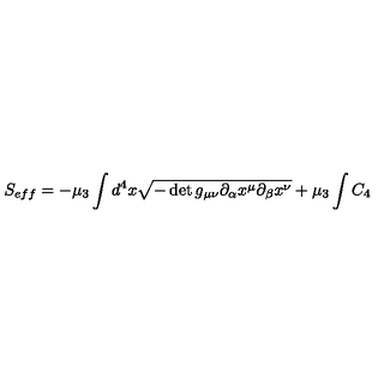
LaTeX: S _ { e f f } = - \mu _ { 3 } \int d ^ { 4 } x \sqrt { - \det { g _ { \mu \nu } \partial _ { \alpha } x ^ { \mu } \partial _ { \beta } x ^ { \nu } } } + \mu _ { 3 } \int C _ { 4 }